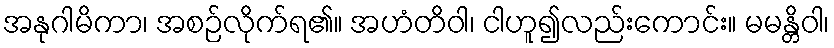
အနုဂါမိကာ၊ အစဉ်လိုက်ရ၏။ အဟံတိဝါ၊ ငါဟူ၍လည်းကောင်း။ မမန္တိဝါ၊